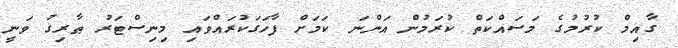
ގާއިމް ކުރުމުގެ މަސައްކަތް ކުރަމުން އަންނަ ކަމަށް ފާހަގަކުރައްވައި މިނިސްޓަރު ޠާރިޤު ވަނީ